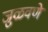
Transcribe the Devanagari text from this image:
जुळवणे